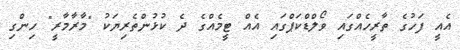
އެއީ ފަހުގެ ތާރީހެއްގައި ވޯލްޑްކަޕްގައި އެއް ޓީމެއްގެ ދެ ކުޅުންތެރިޔަކު "މާރާމާރީ" ހިންގި